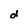
Character: d